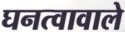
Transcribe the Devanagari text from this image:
घनत्वावाले